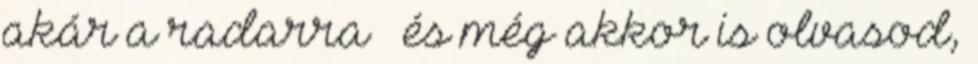
akár a radarra – és még akkor is olvasod,